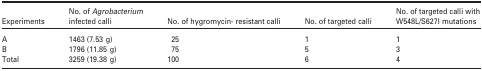
| Experiments | No. of Agrobacterium infected calli | No. of hygromycin- resistant calli | No. of targeted calli | No. of targeted calli with W548L/S627I mutations |
 | --- | --- | --- | --- | --- |
 | A | 1463 (7.53 g) | 25 | 1 | 1 |
 | B | 1796 (11.85 g) | 75 | 5 | 3 |
 | Total | 3259 (19.38 g) | 100 | 6 | 4 |